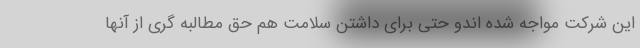
این شرکت مواجه شده اندو حتی برای داشتن سلامت هم حق مطالبه گری از آنها